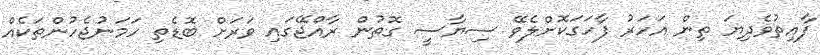
ފާއިތުވެދިޔަ ތިން އަހަރު ފާހަގަކޮށްލެވޭ ސިޔާސީ ގޮތުން ރާއްޖޭގައި ވަރަށް ބޮޑެތި ހަމަނުޖެހުންތަކެއް